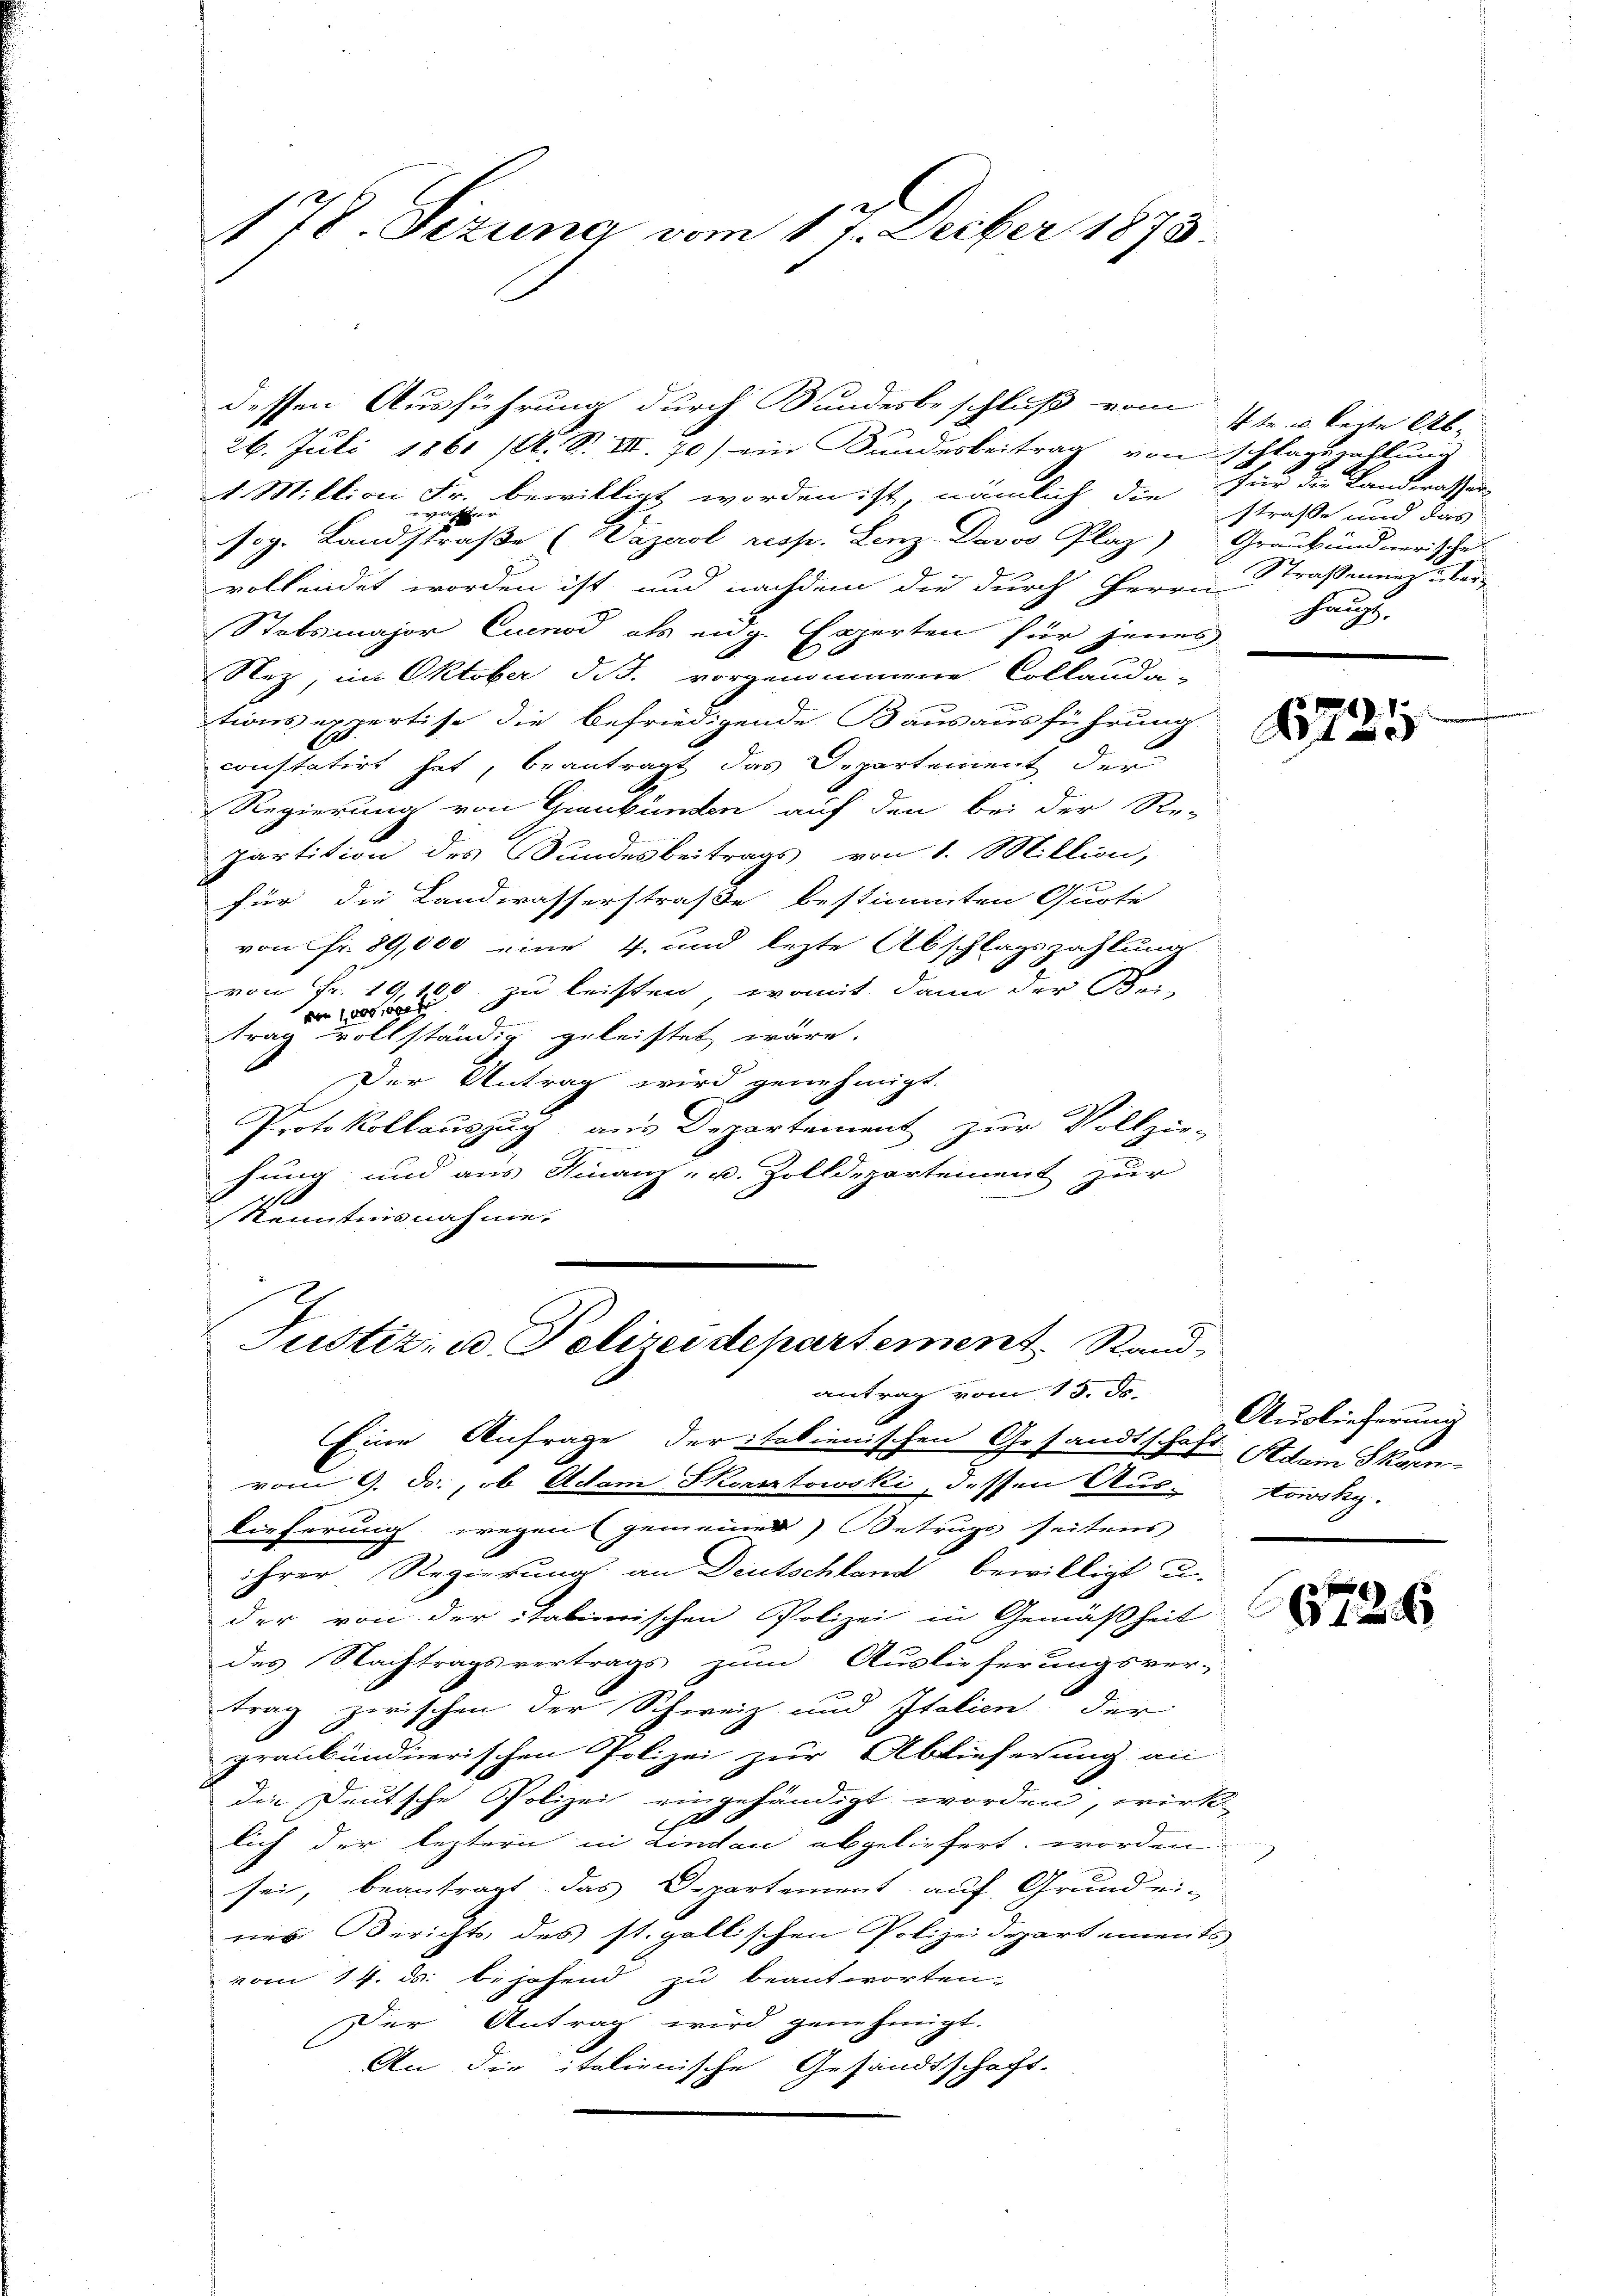
178. Sizung vom 17. Decber 1873.

dessen Ausführung durch Bundesbeschluß vom
26. Juli 1861 (O. S. III. 70) ein Kundesbeitrag von
1 Miktion Fr. bewilligt worden ist, nämlich die für die Landsrathen
u
E
i
sog. Landstraβe (Vazerol resp. Lenz Davos Plaz) Graubündnerische
vollendet worden ist, und nachdem die durch Herrn
Stabsmajor Cunod als eidg. Experten für jenes
Nez, im Oktober d.J. vorgenommene Collauda-
tions expertise die befriedigende Bausausführung
constatirt hat, beantragt das Departement, der
Regierung von Graubünden auf den bei der Re-
partition des Wundesbeitrags von 1. Million,
für die Landwasserstraße bestimmten Quote
von Fr. 89,000 eine 4. und lezte Abschlagszahlung
von Fr. 19,100. zu leisten, womit, dann der Bei-
von 1000, das fr
trag vollständig geleistet wäre.
Der Antrag wird genehmigt.
Protokollauszug aus Departement zur Vollziefung und aus Finanz- u. Zolldepartement zur
Nenntnisnahme.

Justiz- u. Polizeidepartement Standantrag vom 15. ds.
Eine Anfrage der italienischen Gesandtschaft Adam Skarn-

vom 9. ds., ob Adam Skoratowski, dessen Aus-towsky.
Lieferung wegen (gemeiner Betrugs seitens
ihrer Regierung an Deutschland bewilligt u.
der von der italierischen Polizei in Gemäßheit
des Nachtragsvertrags zum Auslieferungsver-
trag zwischen der Schweiz und Italien der
graubündnerischen Polizei zur Ablieferung an
die Deutsche Polizei eingehändigt worden, wirk-
1
c
lich der leztern in Lindau abgeliefert worden
sei, beantragt das Departement auf Grundei-
res Berichts, des st. gallischen Polizeidepartements
vom 14. ds. bejahend zu beantworten-
Der Antrag wird genehmigt.
An die italienische Gesandtschaft-

4 te u. lezte Ab- |
schlagszahlung
strasse und das
Straßenung über
Haup

): 1.
21

Auslieferung